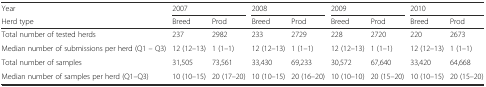
<table><thead><tr><td><b>Year</b></td><td colspan="2"><b>2007</b></td><td colspan="2"><b>2008</b></td><td colspan="2"><b>2009</b></td><td colspan="2"><b>2010</b></td></tr><tr><td><b>Herd type</b></td><td><b>Breed</b></td><td><b>Prod</b></td><td><b>Breed</b></td><td><b>Prod</b></td><td><b>Breed</b></td><td><b>Prod</b></td><td><b>Breed</b></td><td><b>Prod</b></td></tr></thead><tbody><tr><td>Total number of tested herds</td><td>237</td><td>2982</td><td>233</td><td>2729</td><td>228</td><td>2720</td><td>220</td><td>2673</td></tr><tr><td>Median number of submissions per herd (Q1 – Q3)</td><td>12 (12–13)</td><td>1 (1–1)</td><td>12 (12–13)</td><td>1 (1–1)</td><td>12 (12–13)</td><td>1 (1–1)</td><td>12 (12–13)</td><td>1 (1–1)</td></tr><tr><td>Total number of samples</td><td>31,505</td><td>73,561</td><td>33,430</td><td>69,233</td><td>30,572</td><td>67,640</td><td>33,420</td><td>64,668</td></tr><tr><td>Median number of samples per herd (Q1–Q3)</td><td>10 (10–15)</td><td>20 (17–20)</td><td>10 (10–15)</td><td>20 (16–20)</td><td>10 (10–10)</td><td>20 (15–20)</td><td>10 (10–15)</td><td>20 (15–20)</td></tr></tbody></table>